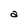
Character: a